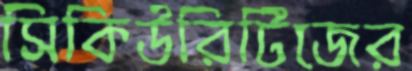
সিকিউরিটিজের